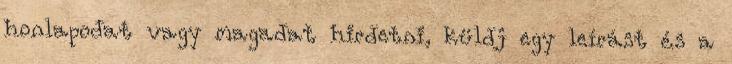
honlapodat vagy magadat hirdetni, küldj egy leírást és a